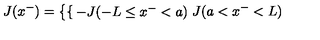
J ( x ^ { - } ) = \left\{ \begin{cases} { - J ( - L \le x ^ { - } < a ) } \\ { J ( a < x ^ { - } < L ) } \\ \end{cases} \right.